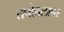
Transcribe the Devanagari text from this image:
तपोबलावर